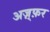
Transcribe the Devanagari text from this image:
अज़्फ़र